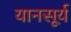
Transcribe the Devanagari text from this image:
यानसूर्य